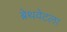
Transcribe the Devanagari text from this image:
ब्रेथवेटला